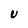
Character: U